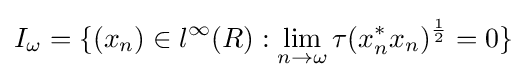
I_{\omega }=\{(x_{n})\in l^{\infty }(R):\lim _{n\rightarrow \omega }\tau (x_{n}^{*}x_{n})^{\frac {1}{2}}=0\}